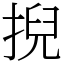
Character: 掜